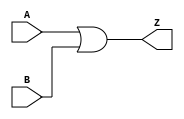
`timescale 1ns / 1ps
`default_nettype none
//////////////////////////////////////////////////////////////////////////////////
// 
// Module Name:    alu_or.v
// Description: 
//
//////////////////////////////////////////////////////////////////////////////////


module alu_or(A, B, Z);

	parameter WIDTH = 32;

	//port definitions
	input wire [(WIDTH - 1):0] A, B;
	output wire [(WIDTH - 1):0] Z;

	assign Z = A | B;
endmodule